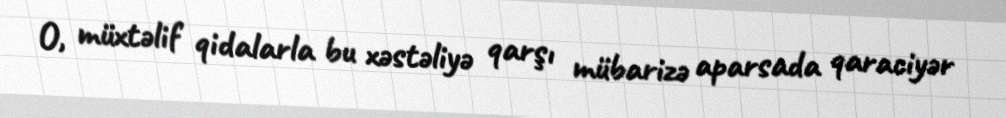
O, müxtəlif qidalarla bu xəstəliyə qarşı mübarizə aparsada qaraciyər